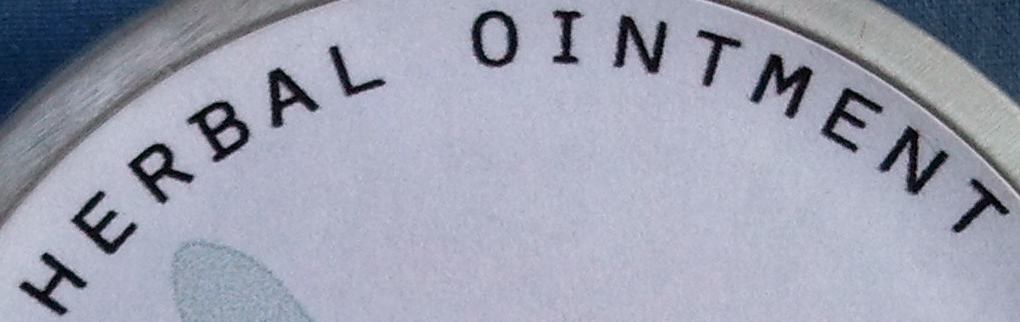
HERBAL OINTMENT